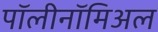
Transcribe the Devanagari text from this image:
पॉलीनॉमिअल